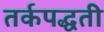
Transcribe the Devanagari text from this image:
तर्कपद्धती